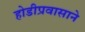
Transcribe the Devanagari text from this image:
होडीप्रवासाने